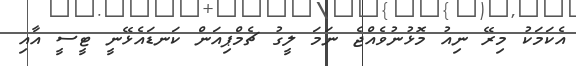
އެކަމަކު މިރޭ ނިއު މޮޅުނުވެއްޖެ ނަމަ ލީގު ޗެމްޕިއަން ކަނޑައެޅޭނީ ޓީސީ އާއި